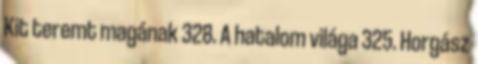
Kit teremt magának 328. A hatalom világa 325. Horgász